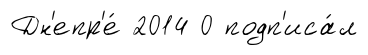
Дн'епр'е́ 2014 0 подп'иса́л